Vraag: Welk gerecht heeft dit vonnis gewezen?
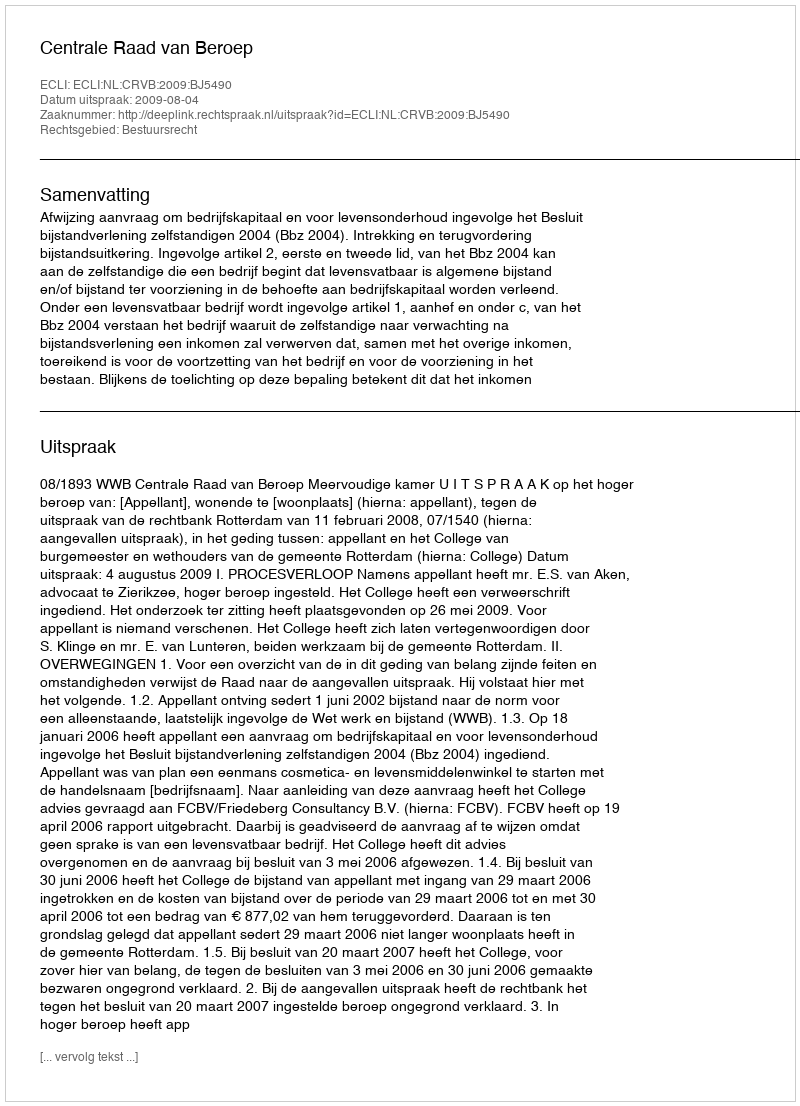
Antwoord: Centrale Raad van Beroep